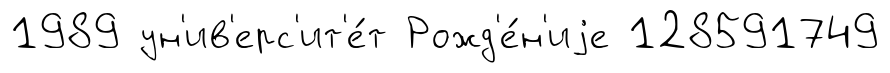
1989 ун'ив'ерс'ит'е́т Рожд'е́н'иjе 128591749